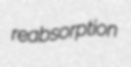
reabsorption